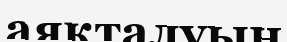
аяқталуын